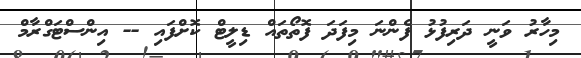
މިހާރު ވަނީ ދަރިފުޅު ފެންނަ މިފަދަ ފޮތޯތައް ޑިލީޓް ކޮށްފައި -- އިންސްޓަގްރާމް